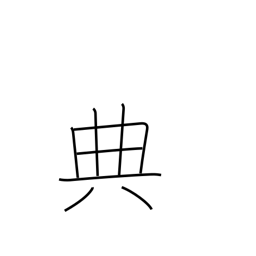
Meaning: code